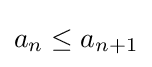
a_{n}\leq a_{n+1}